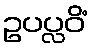
ဥပပ္လဝိံ